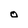
Character: o